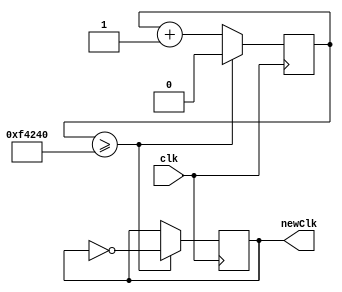
`timescale 1ns / 1ps
//////////////////////////////////////////////////////////////////////////////////
// Company: 
// Engineer: 
// 
// Design Name: 
// Module Name: slowClk
// Project Name: 
// Target Devices: 
// Tool Versions: 
// Description: 
// 
// Dependencies: 
// 
// Revision:
// Revision 0.01 - File Created
// Additional Comments:
// 
//////////////////////////////////////////////////////////////////////////////////


module slowClk(
input clk,
output reg newClk
); 

reg counter = 0;
always @(posedge clk) begin
    
    if (counter >= 1_000_000) begin
        counter <= 1'd0;
        newClk <= !newClk; 
    end
    
    else begin
        counter <= counter + 1'd1;
    end
    
end
    
endmodule